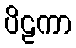
ပိဠကာ